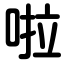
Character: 啦